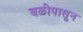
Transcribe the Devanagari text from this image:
बळीपासून